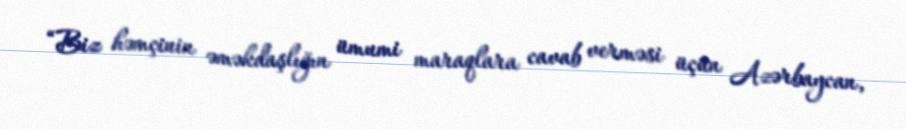
“Biz həmçinin əməkdaşlığın ümumi maraqlara cavab verməsi üçün Azərbaycan,